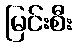
မြင်းစီး